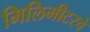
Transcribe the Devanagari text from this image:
मिलिमीटरचे